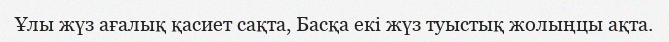
Ұлы жүз ағалық қасиет сақта, Басқа екі жүз туыстық жолыңцы ақта.